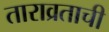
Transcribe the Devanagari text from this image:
ताराव्रताची